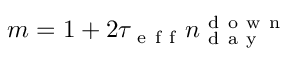
m = 1 + 2 \tau _ { \mathrm { ~ e ~ f ~ f ~ } } n _ { \mathrm { ~ d ~ a ~ y ~ } } ^ { \mathrm { ~ d ~ o ~ w ~ n ~ } }